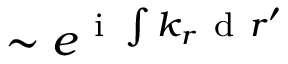
\sim e ^ { \mathrm { ~ i ~ } \int k _ { r } \mathrm { ~ d ~ } r ^ { \prime } }